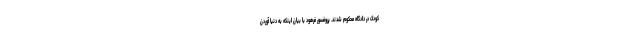
کودک در دادگاه محکوم شدند. پروفسور فرهود با بیان اینکه به دنیا آوردن